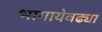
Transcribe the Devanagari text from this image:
भागायेवढ्या